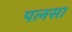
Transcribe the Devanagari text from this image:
पलसा